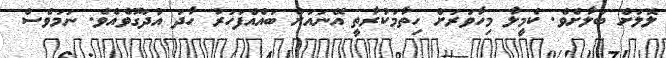
ލޮލަށް ބަލާށެވެ. ކެމީލާ މިހާވަރަށް ހިތާމަކުރާތީ އޭނައަށް ބައެއްފަހަރު ހާދަ އުދަގޫވެއެވެ. ނަމަވެސް